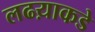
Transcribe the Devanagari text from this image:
लढय़ाकडे